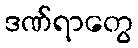
ဒဏ်ရာတွေ